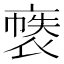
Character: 𲀶